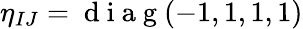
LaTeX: \eta_{IJ}=\mathrm{~d~i~a~g~}(-1,1,1,1)